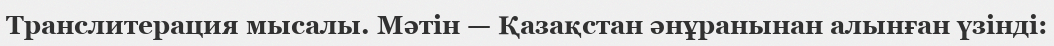
Транслитерация мысалы. Мәтін — Қазақстан әнұранынан алынған үзінді: